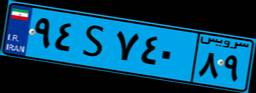
۳۰S۷۸۳۴۳